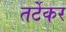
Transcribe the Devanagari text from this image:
तर्टेकर